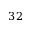
3 2